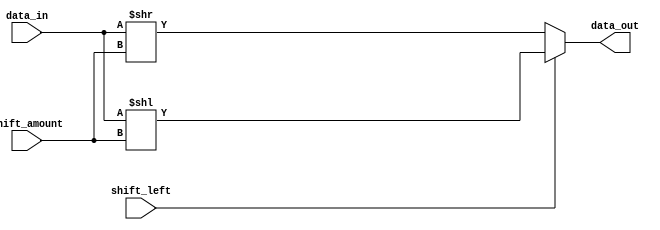
module Hybrid_Barrel_Shifter (
    input [7:0] data_in,
    input [2:0] shift_amount,
    input shift_left,
    output [7:0] data_out
);

reg [7:0] tmp_data;

always @* begin
    if (shift_left) begin
        tmp_data = data_in << shift_amount;
    end else begin
        tmp_data = data_in >> shift_amount;
    end
end

assign data_out = tmp_data;

endmodule